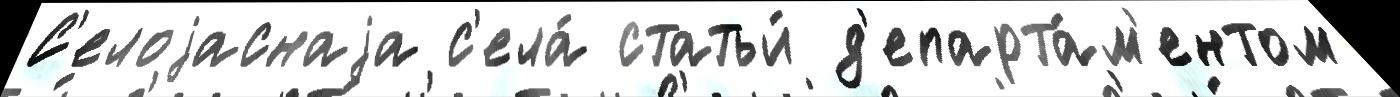
С'елоjаснаjа с'ела́ статьи́ д'епарта́м'ентом